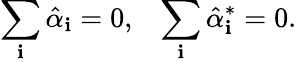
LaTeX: \sum_{\mathbf{i}}\hat{{\alpha}}_{\mathbf{i}}=0,\; \; \; \sum_{\mathbf{i}}\hat{{\alpha}}_{\mathbf{i}}^{*}=0.